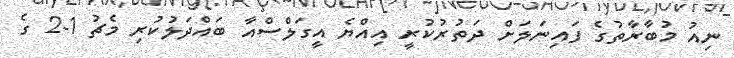
ނިއު މުބާރާތުގެ ފައިނަލަށް ދަތުރުކުރީ އިއްޔެ އީގަލްސްއާ ބައްދަލުކުރި މެޗު 1-2 ގެ